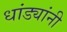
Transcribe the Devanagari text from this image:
धांड्यांनी